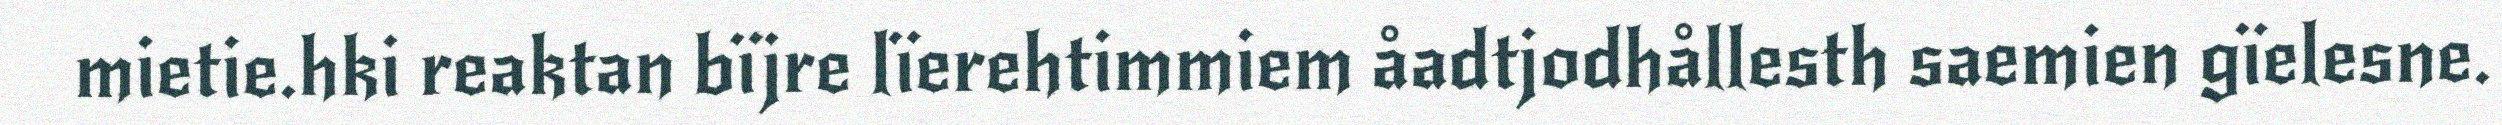
mietie.hki reaktan bïjre lïerehtimmiem åadtjodhållesth saemien gïelesne.